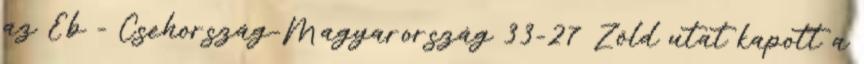
az Eb - Csehország-Magyarország 33-27 Zöld utat kapott a